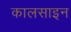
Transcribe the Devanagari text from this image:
कालसाइन